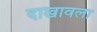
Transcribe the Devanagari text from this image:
दाखावला